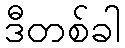
ဒီတစ်ခါ